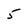
Character: 5